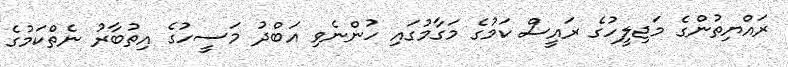
ރައްޔިތުންގެ މަޖިލީހުގެ ރައީސް ކަމުގެ މަގާމުގައި ހުންނެވި އަބްދު މަސީހުގެ އިތުބާރު ނެތްކަމުގެ